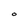
Character: O